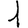
Digit: 1